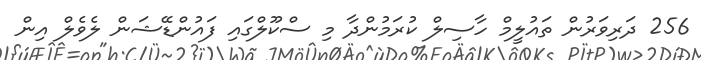
256 ދަރިވަރުން ތައުލީމް ހާސިލް ކުރަމުންދާ މި ސްކޫލްގައި ފައުންޑޭޝަން ލެވެލް އިން